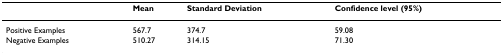
<table><thead><tr><td></td><td><b>Mean</b></td><td><b>Standard Deviation</b></td><td><b>Confidence level (95%)</b></td></tr></thead><tbody><tr><td>Positive Examples</td><td>567.7</td><td>374.7</td><td>59.08</td></tr><tr><td>Negative Examples</td><td>510.27</td><td>314.15</td><td>71.30</td></tr></tbody></table>